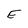
Character: E